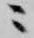
ニ